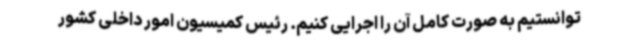
توانستیم به صورت کامل آن را اجرایی کنیم. رئیس کمیسیون امور داخلی کشور